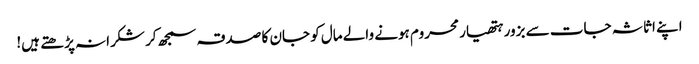
اپنے اثاثہ جات سے بزور ہتھیار محروم ہونے والے مال کو جان کا صدقہ سمجھ کر شکرانہ پڑ ھتے ہیں!